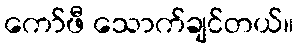
ကော်ဖီ သောက်ချင်တယ်။